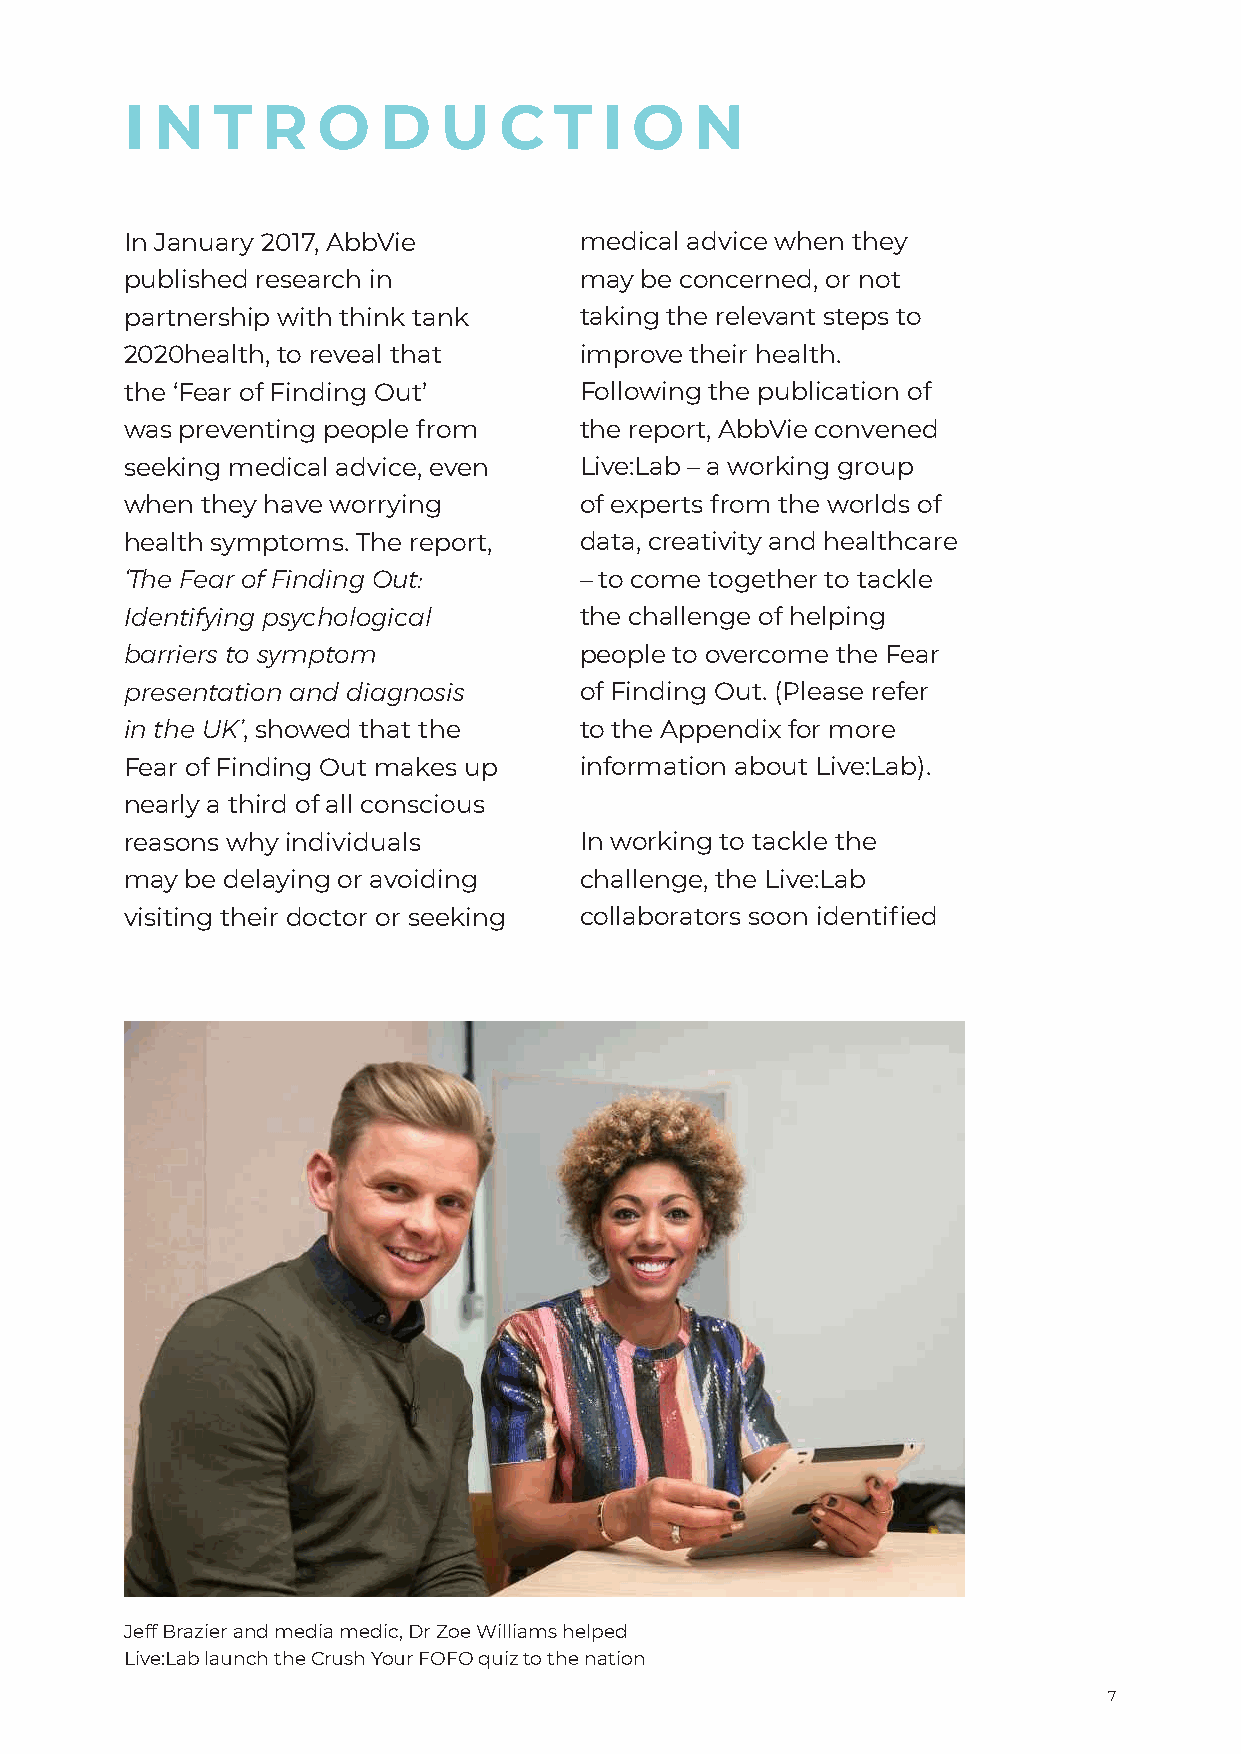
I N   T  R   O   D   U   C   T  I O   N
 In January 2017, AbbVie       medical advice when they
 published research in         may be concerned, or not
 partnership with think tank   taking the relevant steps to
 2020health, to reveal that    improve their health.
 the ‘Fear of Finding Out’     Following the publication of
 was preventing people from    the report, AbbVie convened
 seeking medical advice, even  Live:Lab – a working group
 when they have worrying       of experts from the worlds of
 health symptoms. The report,  data, creativity and healthcare
 ‘The Fear of Finding Out:     – to come together to tackle
 Identifying psychological     the challenge of helping
 barriers to symptom           people to overcome the Fear
 presentation and diagnosis    of Finding Out. (Please refer
 in the UK’, showed that the   to the Appendix for more
 Fear of Finding Out makes up  information about Live:Lab).
 nearly a third of all conscious
 reasons why individuals       In working to tackle the
 may be delaying or avoiding   challenge, the Live:Lab
 visiting their doctor or seeking collaborators soon identified
 Jeff Brazier and media medic, Dr Zoe Williams helped
 Live:Lab launch the Crush Your FOFO quiz to the nation
 7